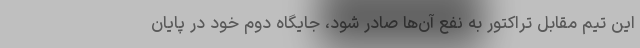
این تیم مقابل تراکتور به نفع آن‌ها صادر شود، جایگاه دوم خود در پایان